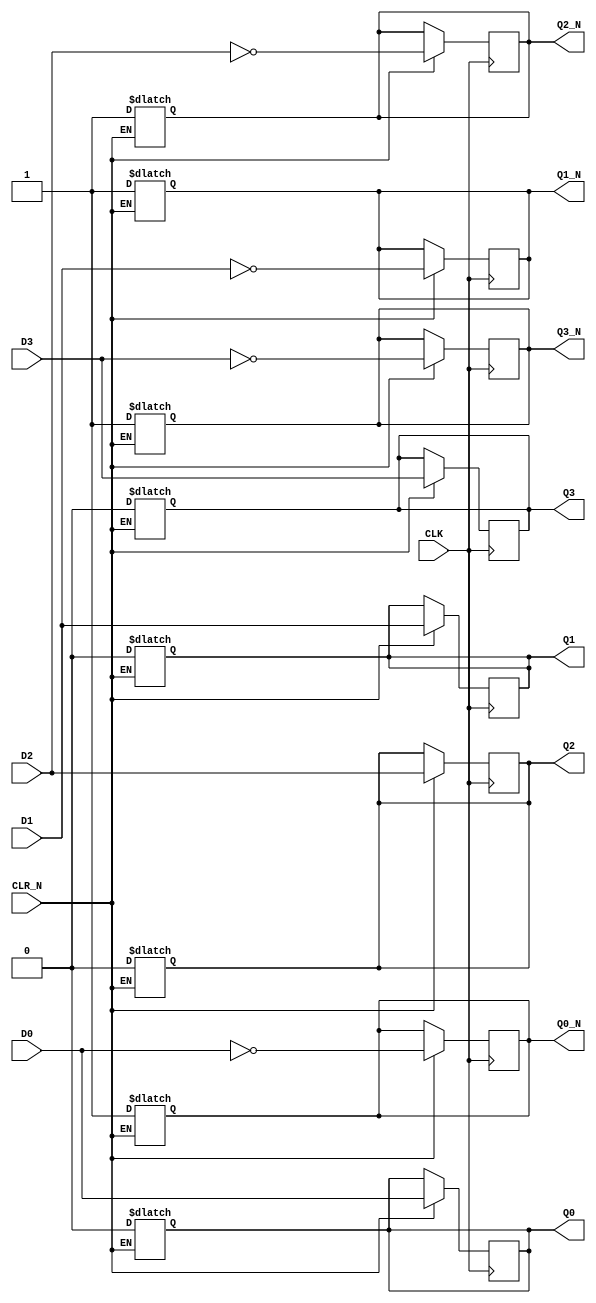
/*
 * $Id$
 */

//`define REG_DELAY 1
`define REG_DELAY 0


module part_74S175 (D0, Q0, Q0_N, D1, Q1, Q1_N, D2, Q2, Q2_N, D3, Q3, Q3_N,
	CLR_N, CLK);

  input D0, D1, D2, D3;
  input CLR_N, CLK;
  output Q0, Q0_N, Q1, Q1_N, Q2, Q2_N, Q3, Q3_N;

  reg Q0, Q0_N, Q1, Q1_N, Q2, Q2_N, Q3, Q3_N;

  always @(posedge CLK)
    if (CLR_N)
      begin
        Q0 <= #(`REG_DELAY) D0;
        Q1 <= #(`REG_DELAY) D1;
        Q2 <= #(`REG_DELAY) D2;
        Q3 <= #(`REG_DELAY) D3;

        Q0_N <= #(`REG_DELAY) ! D0;
        Q1_N <= #(`REG_DELAY) ! D1;
        Q2_N <= #(`REG_DELAY) ! D2;
        Q3_N <= #(`REG_DELAY) ! D3;
      end

  always @(CLR_N)
    if (!CLR_N)
      begin
        Q0 <= #(`REG_DELAY) 0;
        Q1 <= #(`REG_DELAY) 0;
        Q2 <= #(`REG_DELAY) 0;
        Q3 <= #(`REG_DELAY) 0;

        Q0_N <= #(`REG_DELAY) 1;
        Q1_N <= #(`REG_DELAY) 1;
        Q2_N <= #(`REG_DELAY) 1;
        Q3_N <= #(`REG_DELAY) 1;
     end

/*
	not #(`REG_DELAY)
		g1(clkb, CLK),
		g2(clrb, CLR_N);
	not #0
		g3(clk, clkb),
		g4(clr, clrb);
	dff
		ff0(Q0,Q0_N,D0,clk,1'b1,clr),
		ff1(Q1,Q1_N,D1,clk,1'b1,clr),
		ff2(Q2,Q2_N,D2,clk,1'b1,clr),
		ff3(Q3,Q3_N,D3,clk,1'b1,clr);
*/

endmodule